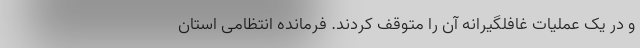
و در یک عملیات غافلگیرانه آن را متوقف کردند. فرمانده انتظامی استان